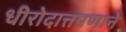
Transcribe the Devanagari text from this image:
धीरोदात्तपणाने